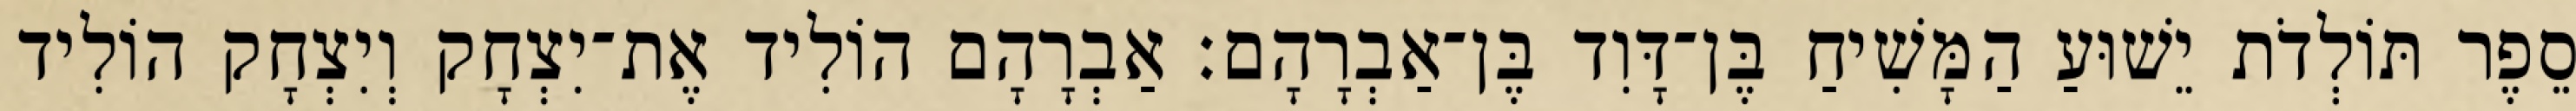
סֵפֶר תּוֹלְדֹת יֵשׁוּעַ הַמָּשִׁיחַ בֶּן־דָּוִד בֶּן־אַבְרָהָם׃ אַבְרָהָם הוֹלִיד אֶת־יִצְחָק וְיִצְחָק הוֹלִיד